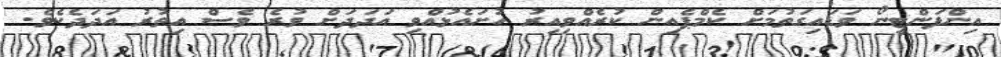
އިންފަންޓީނޯ ވަޑައިގަތުމަށް ކެމްޕެއިން ކުރެއްވިއިރު ހުށައެޅުއްވި އަދަދަށް ވުރެ ވެސް އިތުރު އަދަދެކެވެ.